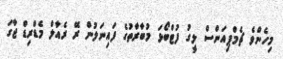
މިހެންވެ ޗެމްޕިއަންސް ލީގު ފުޓްބޯޅަ މުބާރާތުގެ ފައިނަލުން ރޭ ރެއާލް މެޑްރިޑް ޖާގަ